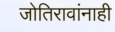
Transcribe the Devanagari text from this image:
जोतिरावांनाही